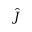
\hat { J }